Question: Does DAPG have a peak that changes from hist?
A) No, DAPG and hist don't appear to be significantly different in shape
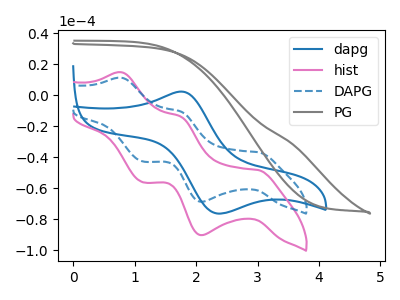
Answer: <think>The blue curve "dapg" has an anodic peak at (1.75V, 2.40uA) and a cathodic peak at (2.35V, -76.25uA). The pink curve "hist" has anodic peaks at (0.80V, 14.90uA) (1.75V, -13.60uA) and cathodic peaks at (3.00V, -48.20uA) (2.10V, -90.20uA) (1.15V, -56.10uA). The blue dashed curve "DAPG" has anodic peaks at (0.80V, 11.35uA) (1.75V, -10.35uA) and cathodic peaks at (3.00V, -36.70uA) (2.10V, -68.65uA) (1.15V, -42.70uA). The gray curve "PG" has no peaks.
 All the peaks in "DAPG" have a peak in "hist" at the same potential.</think>
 <answer>A) No, "DAPG" and "hist" don't appear to be significantly different in shape</answer>
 <eval>A</eval>